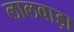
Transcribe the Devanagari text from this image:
लालवाड़ा